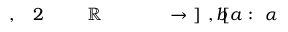
\! \! \! \! \! \! \! \! \! \! \! \alpha \! \! \! \! \! \! \! \! \! \! \! \! : \! \! \! \! \! \! \! \! \! \! \! \! [ a \! \! \! \! \! \! \! \! \! \! \! \! , b \! \! \! \! \! \! \! \! \! \! \! \! ] \! \! \! \! \! \! \! \! \! \! \! \! \to \! \! \! \! \! \! \! \! \! \! \! \! \! \! \! \! \! \! \! \! \! \! \! \! \ensuremath { \! \! \! \! \! \! \! \! \! \! \! \! \mathbb { R } } \! \! \! \! \! \! \! \! \! \! \! \! ^ { \! } \! \! \! \! \! \! \! \! \! \! \! 2 \! \! \! \! \! \! \! \! \! \! \! \! , \! \! \! \! \! \! \! \! \! \! \!